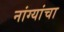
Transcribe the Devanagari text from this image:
नांग्यांचा